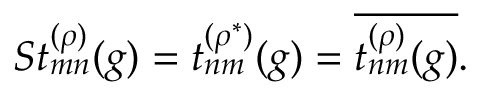
S t _ { m n } ^ { ( \rho ) } ( g ) = t _ { n m } ^ { ( \rho ^ { \ast } ) } ( g ) = \overline { { { t _ { n m } ^ { ( \rho ) } ( g ) } } } .